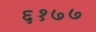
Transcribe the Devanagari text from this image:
६१७७